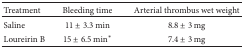
<table><thead><tr><td><b>Treatment</b></td><td><b>Bleeding time</b></td><td><b>Arterial thrombus wet weight</b></td></tr></thead><tbody><tr><td>Saline</td><td>11 ± 3.3 min</td><td>8.8 ± 3 mg</td></tr><tr><td>Loureirin B</td><td>15 ± 6.5 min<sup><i>∗</i></sup></td><td>7.4 ± 3 mg</td></tr></tbody></table>